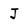
Character: J